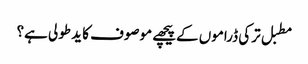
مطبل ترکی ڈراموں کےپیچھے موصوف کا ید طولی ہے؟